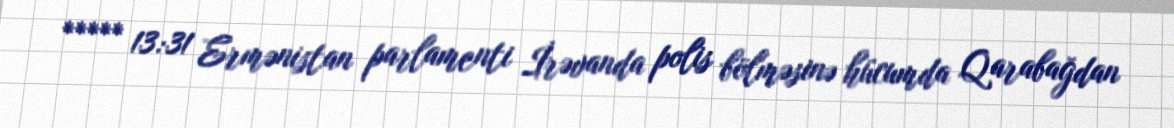
***** 13:31 Ermənistan parlamenti İrəvanda polis bölməsinə hücumda Qarabağdan